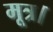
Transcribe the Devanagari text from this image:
मूत्र।